Account of plague administration in the Bombay Presidency from September 1896 till May 1897
Year: 1896
Disease focus: Plague
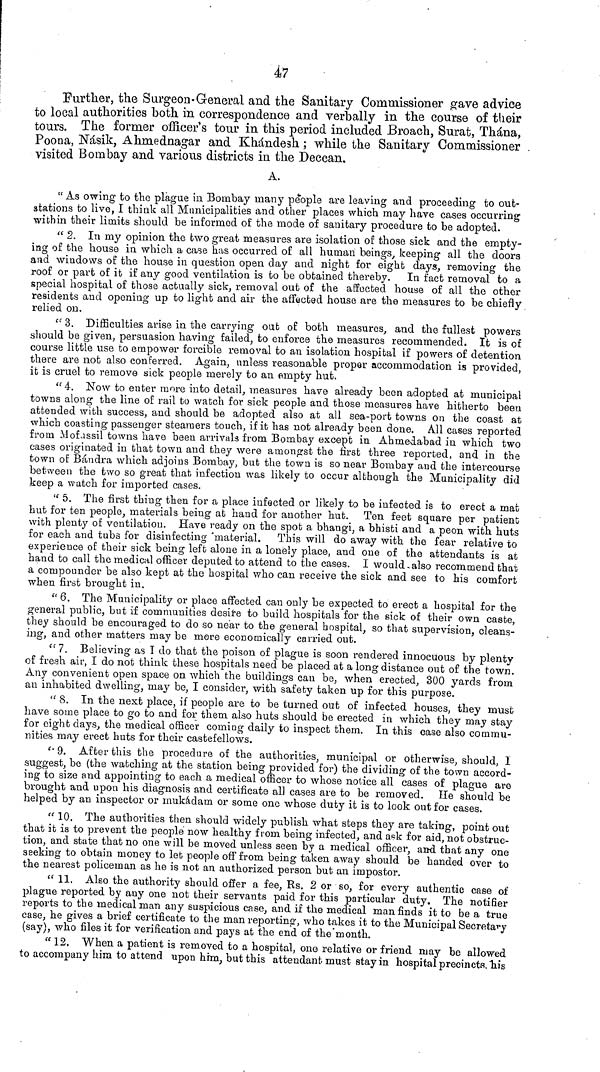
47
Further, the Surgeon-General and the Sanitary Commissioner gave advice
to local authorities both in correspondence and verbally in the course of their
tours. The former officer's tour in this period included Broach, Surat, Thàna,
Poona, Nàsik, Ahmednagar and Khandesh ; while the Sanitary Commissioner
visited Bombay and various districts in the Deccan.
A.
" As owing to the plague in Bombay many people are leaving and proceeding to out-
stations to live, I think all Municipalities and other places which may have cases occurring
within their limits should be informed of the mode of sanitary procedure to be adopted.
" 2. In my opinion the two great measures are isolation of those sick and the empty-
ing of the house in which a case has occurred of all human beings, keeping all the doors
and windows of the house in question open clay and night for eight days, removing the
roof or part of it if any good ventilation is to be obtained thereby. In fact removal to a
special hospital of those actually sick, removal out of the affected house of all the other
residents arid opening up to light and air the affected house are the measures to be chiefly
relied on.
" 3. Difficulties arise in the carrying out of both measures, and the fullest powers
should be given, persuasion having failed, to enforce the measures recommended. It is of
course little use to empower forcible removal to an isolation hospital if powers of detention
there are not also conferred. Again, unless reasonable proper accommodation is provided,
it is cruel to remove sick people merely to an empty hut.
" 4. Now to enter more into detail, measures have already been adopted at municipal
towns along the line o£ rail to watch for sick people and those measures have hitherto been
attended with success, and should be adopted also at all sea-port towns on the coast at
which coasting passenger steamers touch, if it has not already been done. All cases reported
from Mofassil towns have been arrivals from Bombay except in Ahmedabad in which two
cases originated in that town and they were amongst the first three reported, and in the
town of Bandra which adjoins Bombay, but the town is so near Bombay and the intercourse
between the two so great that infection was likely to occur although the Municipality did
keep a watch for imported cases.
" 5. The first thing then for a place infected or likely to be infected is to erect a mat
hut for ten people, materials being at hand for another hut. Ten feet square per patient
with plentjr of ventilation. Have ready on the spot a bhangi, a bhisti and a peon with huts
for each and tubs for disinfecting material. This will do away with the fear relative to
experience of their sick being left alone in a lonely place, and one of the attendants is at
hand to call the medical officer deputed to attend to the cases. I would,also recommend that
a compounder be also kept at the hospital who can receive the sick and see to his comfort
when first brought in.
" 6. The Municipality or place affected can only be expected to erect a hospital for the
general public, but if communities desire to build hospitals for the sick of their own caste,
they should be encouraged to do so near to the general hospital, so that supervision, cleans-
ing, and other matters may be more economically carried out.
" 7. Believing as I do that the poison of plague is soon rendered innocuous by plenty
of fresh air, I do not think these hospitals need be placed at a long distance out of the town.
Any convenient open space on which the buildings can be, when erected, 300 yards from
an inhabited dwelling, may be, I consider, with safety taken up for this purpose.
" 8. In the next place, if people are to be turned out of infected houses, they must
have some place to go to and for them also huts should be erected in which they may stay
for eight days, the medical officer coming daily to inspect them. In this case also commu-
nities may erect huts for their castefellows.
''9. After this the procedure of the authorities, municipal or otherwise, should, I
suggest, be (the watching at the station being provided for) the dividing of the town accord-
ing to size and appointing to each a medical officer to whose notice all cases of plague are
brought and upon his diagnosis and certificate all cases are to be removed. He should be
helped by an inspector or inukàdam or some one whose duty it is to look out for cases.
" 10. The authorities then should widely publish what steps they are taking, point out
that it is to prevent the people now healthy from being infected, and a?k for aid, not obstruc-
tion, and state that no one will be moved unless seen by a medical officer, and that any one
seeking to obtain money to let people off from being taken away should be handed over to
the nearest policeman as he is not an authorized person but an impostor.
"11. Also the authority should offer a fee, Rs. 2 or so, for every authentic case of
plague reported by any one not their servants paid for this particular duty. The notifier
reports to the medical man any suspicious case, and if the medical man finds it to be a true
case, he gives a brief certificate to the man reporting, who takes it to the Municipal Secretary
(say), who files it for verification and pays at the end of the'month.
" 12. When a patient is removed to a hospital, one relative or friend may be allowed
to accompany him to attend upon him, but this attendant must stay in hospital precincts, "his